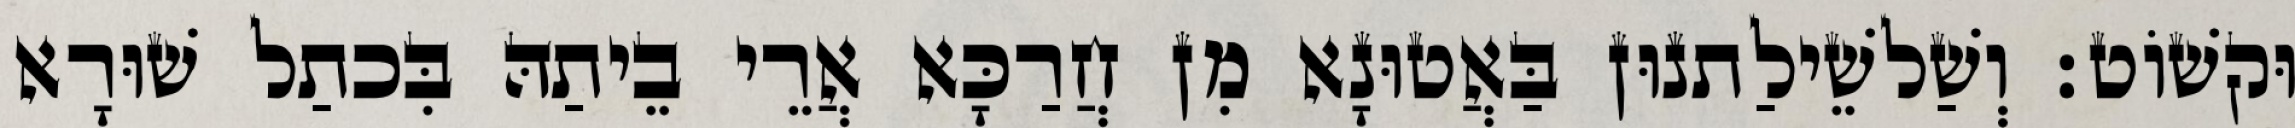
וּקשׁוֹט׃ וְשַׁלשֵׁילַתנוּן בַּאֲטוּנָא מִן חֲרַכָּא אֲרֵי בֵיתַהּ בִּכתַל שׁוּרָא